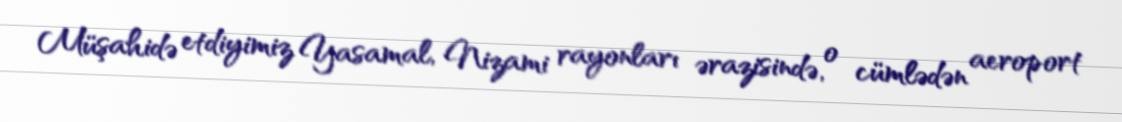
Müşahidə etdiyimiz Yasamal, Nizami rayonları ərazisində, o cümlədən aeroport